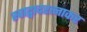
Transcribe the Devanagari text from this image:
स्वाद्वादरत्नाकर